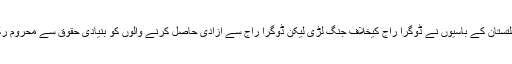
گلگت بلتستان کے باسیوں نے ڈوگرا راج کیخلاف جنگ لڑی لیکن ڈوگرا راج سے آزادی حاصل کرنے والوں کو بنیادی حقوق سے محروم رکھا گیا۔